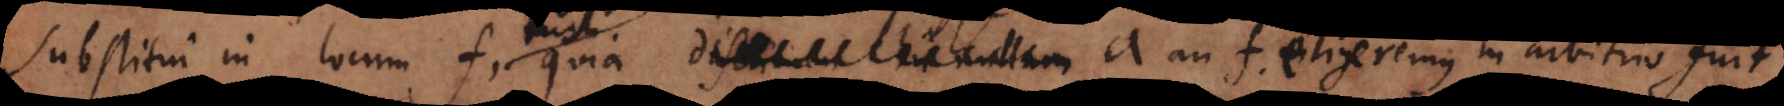
substitui in locum f, tum quia a an f eligeremus in arbitrio fui